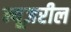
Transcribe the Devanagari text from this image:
न्यूज़रील